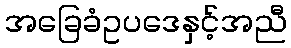
အခြေခံဥပဒေနှင့်အညီ